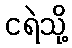
ငရဲသို့